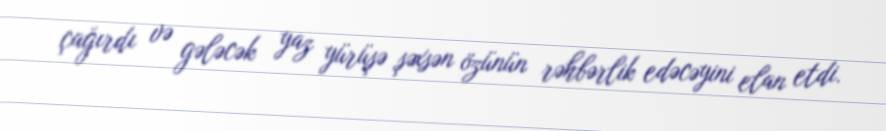
çağırdı və gələcək yaz yürüşə şəxsən özünün rəhbərlik edəcəyini elan etdi.